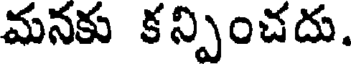
మనకు కన్పించదు.